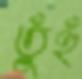
তুঁহুঁ